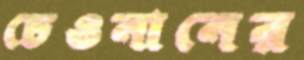
চেওনানের